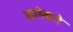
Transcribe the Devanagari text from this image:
कलेकडे